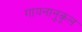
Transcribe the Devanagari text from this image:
गायनानुकूल